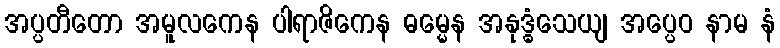
အပ္ပတီတော အမူလကေန ပါရာဇိကေန ဓမ္မေန အနုဒ္ဓံသေယျ အပ္ပေဝ နာမ နံ